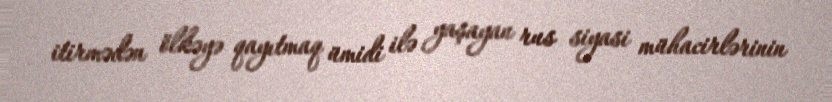
itirmədən ölkəyə qayıtmaq ümidi ilə yaşayan rus siyasi mühacirlərinin